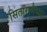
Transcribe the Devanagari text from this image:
सितारामैय्या